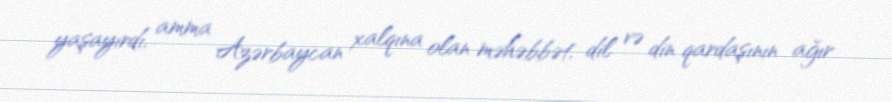
yaşayırdı, amma Azərbaycan xalqına olan məhəbbət, dil və din qardaşının ağır